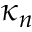
\kappa _ { n }